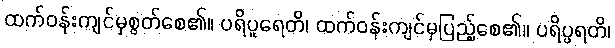
ထက်ဝန်းကျင်မှစွတ်စေ၏။ ပရိပူရေတိ၊ ထက်ဝန်းကျင်မှပြည့်စေ၏။ ပရိပ္ဖရတိ၊